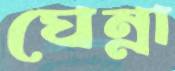
ঘেন্না